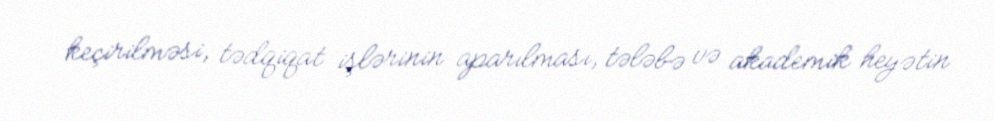
keçirilməsi, tədqiqat işlərinin aparılması, tələbə və akademik heyətin